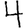
Digit: 4